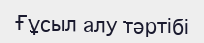
Ғұсыл алу тәртібі